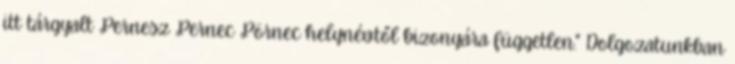
itt tárgyalt Pernesz Pernec Pörnec helynévtől bizonyára független." Dolgozatunkban